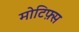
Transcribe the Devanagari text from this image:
मोटिफ़्स